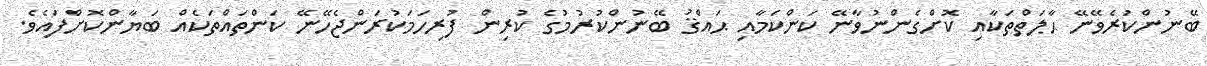
ބޭނުންކުރެވޭނޭ ޙާލަތްތަކާއި ކޮށްގެންނުވާނޭ ކަންކަމާއި ޙައްޤު ބޭނުންކުރުމުގެ ކުރިން ފުރިހަމަކުރަންޖެހޭނޭ ކަންތައްތަކެއް ބަޔާންކޮށްފައެވެ.